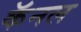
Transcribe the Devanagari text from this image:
कॅनल